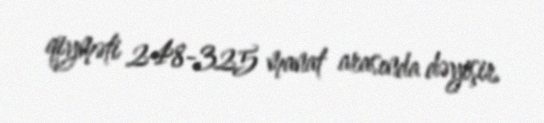
qiyməti 248-325 manat arasında dəyişir.